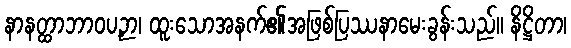
နာနတ္ထာဘာဝပဉှာ၊ ထူးသောအနက်၏အဖြစ်ပြဿနာမေးခွန်းသည်။ နိဋ္ဌိတာ၊